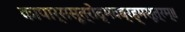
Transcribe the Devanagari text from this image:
कापार्ससूत्रोद्भवब्रह्मसूत्रम्॥